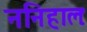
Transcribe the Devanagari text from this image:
ननिहालः